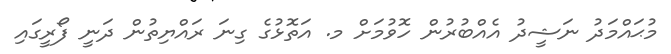
މުޙައްމަދު ނަޝީދު އެއްބުރުން ހޮވުމަށް މ. އަތޮޅުގެ ގިނަ ރައްޔިތުން ދަނީ ފޯރީގައި